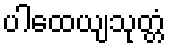
ပါထေယျသုတ္တံ